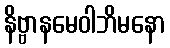
နိဗ္ဗာနမေဝါဘိမနော